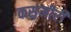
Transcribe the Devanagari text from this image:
कस़मीरी